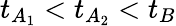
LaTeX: t_{A_{1}}<t_{A_{2}}<t_{B}